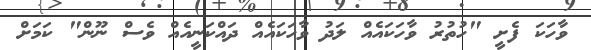
ވާހަކަ ފެށީ "ހުތުރު ވާހަކައެއް ލަދު ވާހަކައެއް ދައްކަނީއެއް ވެސް ނޫން" ކަމަށް